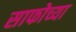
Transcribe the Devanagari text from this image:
साफोच्या